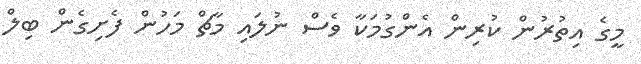
މީގެ އިތުރުން ކުރިން އެންގުމަކާ ވެސް ނުލައި މާޗް މަހުން ފެށިގެން ބިލް